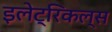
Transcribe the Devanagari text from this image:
इलेट्रिकल्स